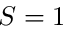
S = 1